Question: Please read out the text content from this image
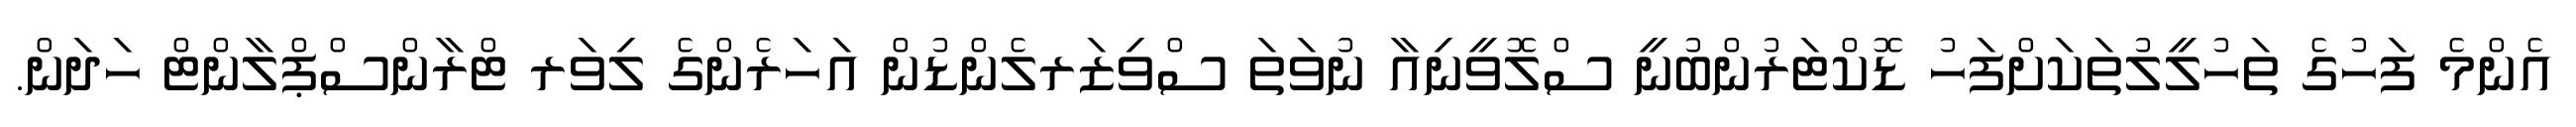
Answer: އެންމެ ފަހުގެ ތަހުލީލުތަކަށްފަހު ޑޮކްޓަރުންބުނީ ސްލޮވީނިއާ ނުވަތަ ސްވިޒަރލެންޑުން އަހަރެންގެ ލިވަރ ޓްރާންސްޕްލާންޓް ހަދަން.